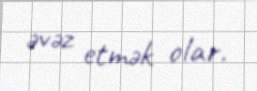
əvəz etmək olar.